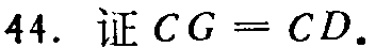
44. 证 \(CG = CD\).